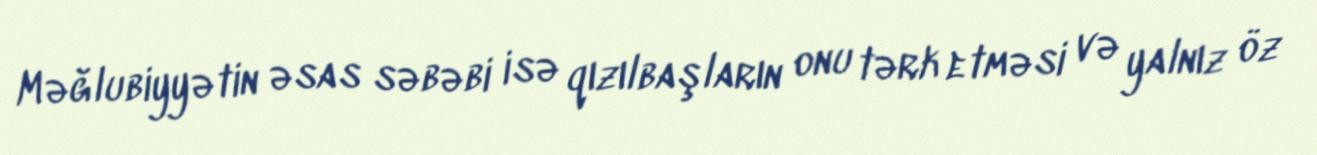
Məğlubiyyətin əsas səbəbi isə qızılbaşların onu tərk etməsi və yalnız öz